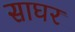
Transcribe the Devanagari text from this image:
साघर